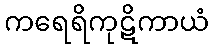
ကရေရိကုဋိကာယံ